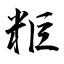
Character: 粔